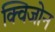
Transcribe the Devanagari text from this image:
क्विजोन